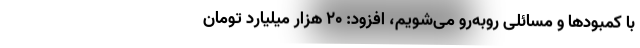
با کمبودها و مسائلی روبه‌رو می‌شویم، افزود: 20 هزار میلیارد تومان